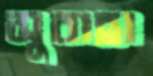
সুবাহা